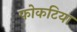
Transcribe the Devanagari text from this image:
फोकटिया